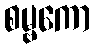
စမ္ဗကော